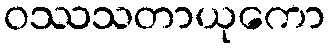
ဝဿသတာယုကော